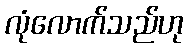
လုံလောက်သည်ဟု